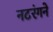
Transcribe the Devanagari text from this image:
नटरंगने